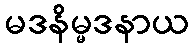
မဒနိမ္မဒနာယ